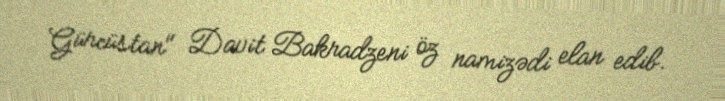
Gürcüstan" Davit Bakradzeni öz namizədi elan edib.